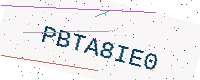
Text: PBTA8IE0